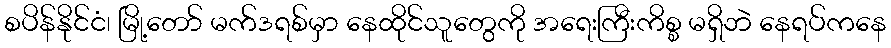
စပိန်နိုင်ငံ၊ မြို့တော် မက်ဒရစ်မှာ နေထိုင်သူတွေကို အရေးကြီးကိစ္စ မရှိဘဲ နေရပ်ကနေ